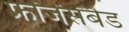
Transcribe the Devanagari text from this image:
फ्रांजेंसबैड